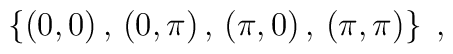
\left\{ (0,0) \,,\,(0,\pi) \,,\, (\pi,0)\,,\, (\pi,\pi) \right\}\;,